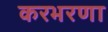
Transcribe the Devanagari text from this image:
करभरणा